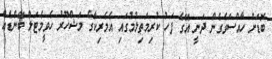
ބޮޑަށް ހާއްސަވެގެން ދަނީ އޭގެ ފަހު ކުރިމަތިލުމުގައި އެމެރިކާގެ މަޝްހޫރު ހެވީމެޓަލް ބޭންޑެއް